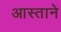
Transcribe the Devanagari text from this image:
आस्ताने